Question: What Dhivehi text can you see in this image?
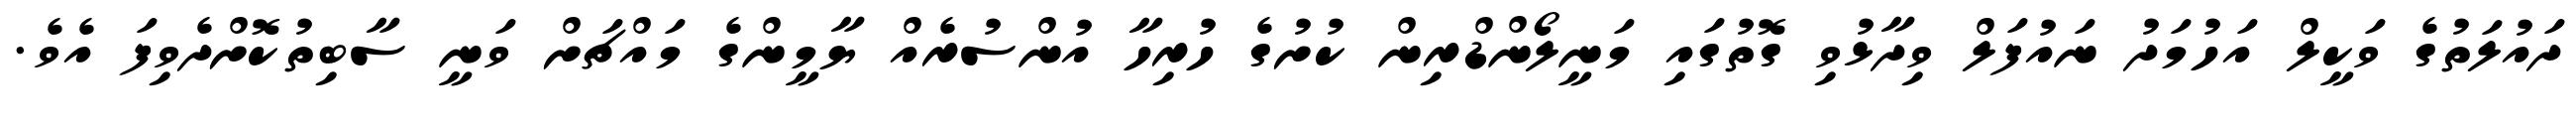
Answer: ދައުލަތުގެ ވަކީލް އަހުމަދު ނައުފަލް ވިދާޅުވި ގޮތުގައި މަނީލޯންޑްރިން ކުށުގެ ހުރިހާ އުންސުރެއް ޔާމީންގެ މައްޗަށް ވަނީ ސާބިތުކޮށްދެވިފަ އެވެ.